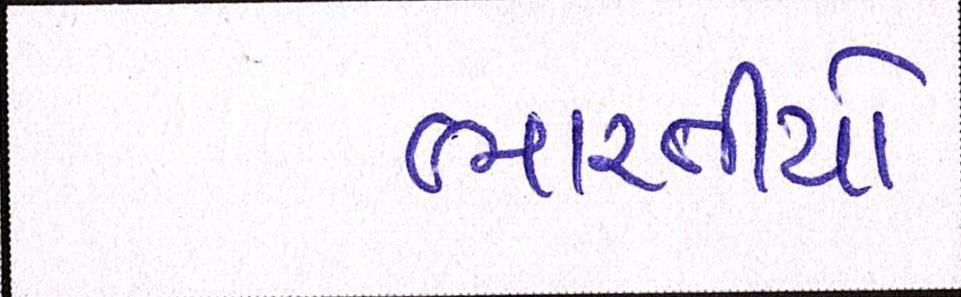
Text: ભારતીયો